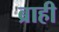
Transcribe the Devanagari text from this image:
ब्राही